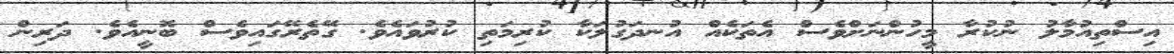
އިސްތިއުމާލު ނުކުރާ މީހުންނަށްވެސް އެތަކެއް އުނދަގުލަކާ ކުރިމަތި ކުރުވައެވެ. ގޭތެރޭގައިވެސް ބޮނީއެވެ. ދަރިން